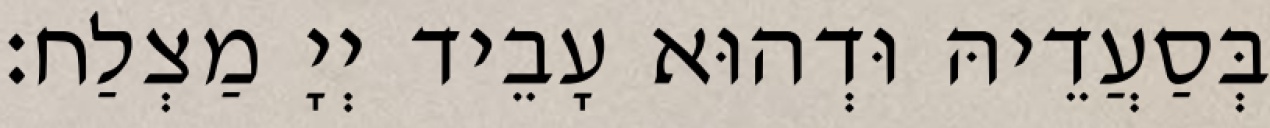
בְּסַעֲדֵיהּ וּדְהוּא עָבֵיד יְיָ מַצְלַח׃